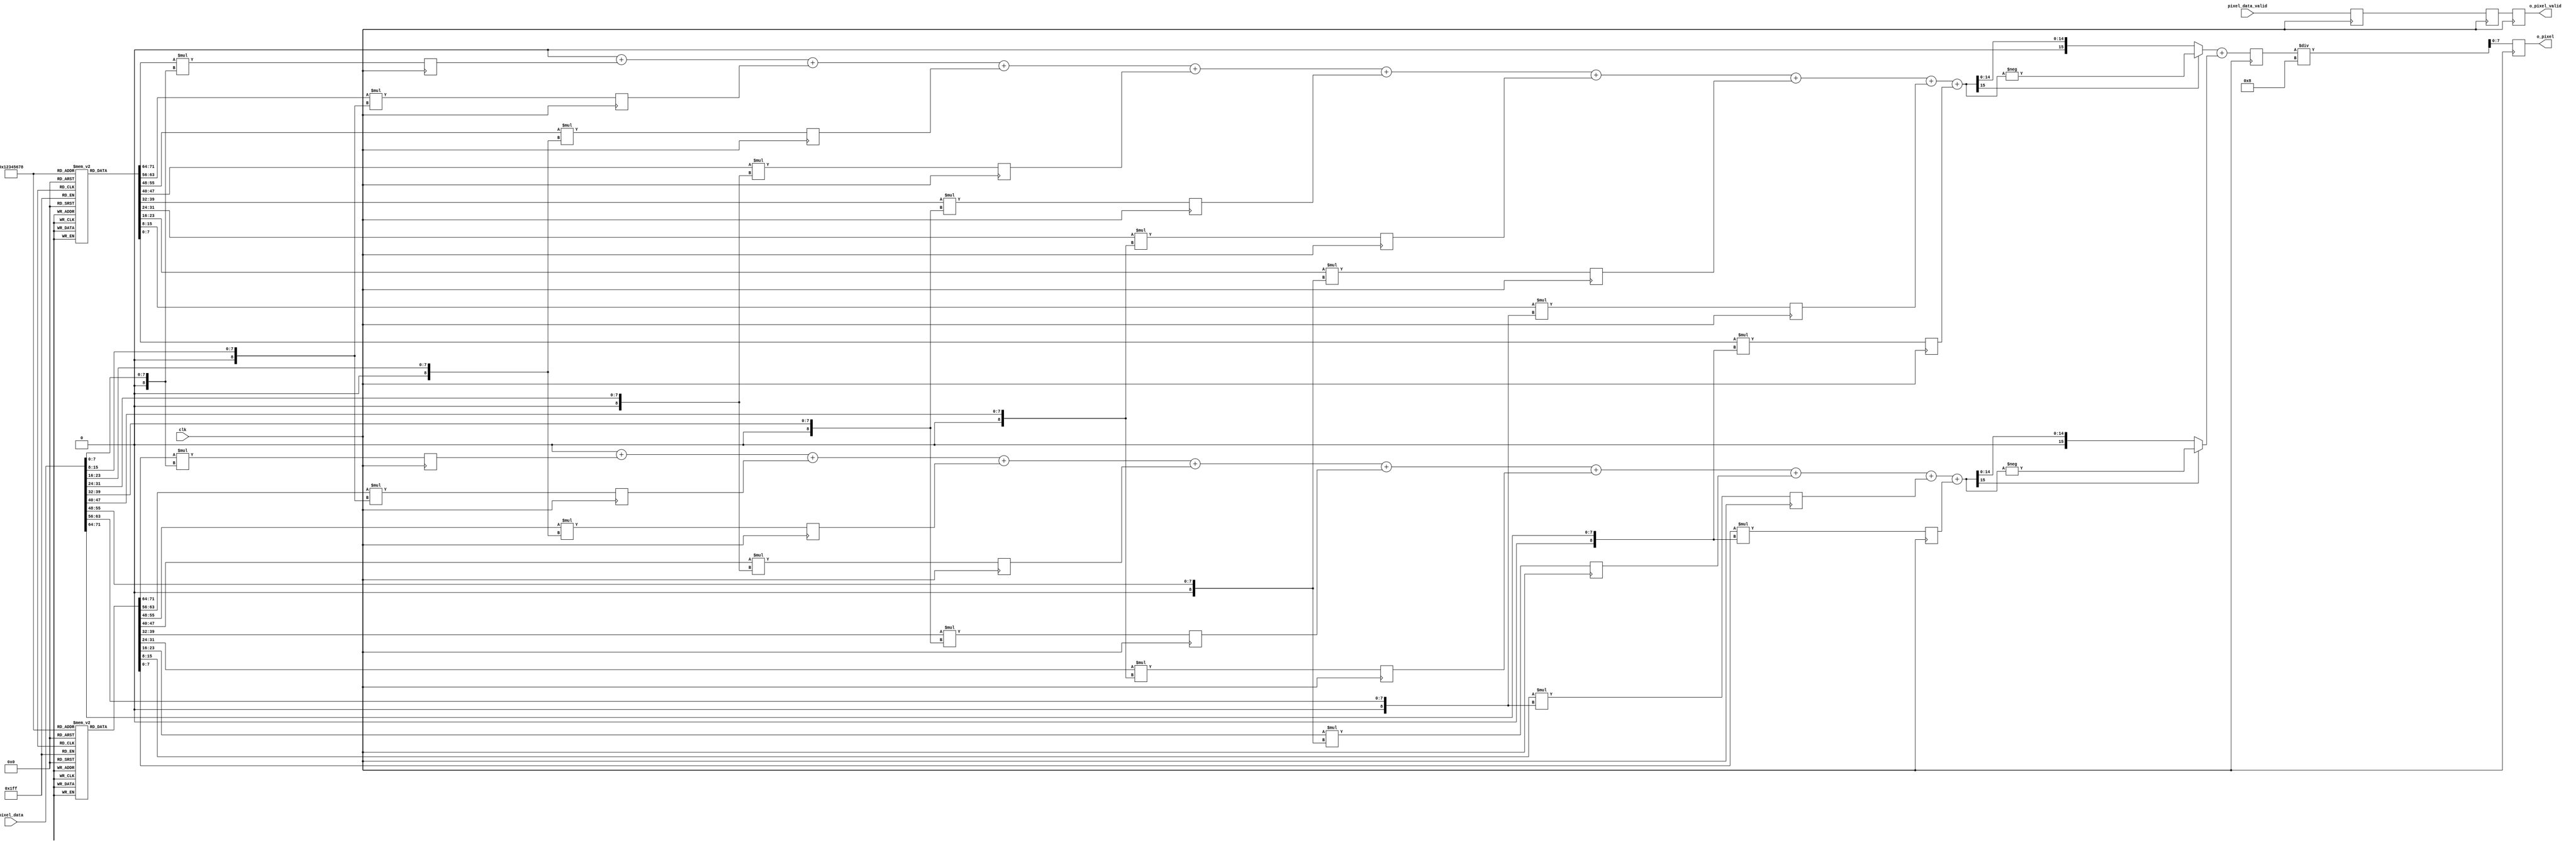
module mac_edge(
    input clk,
    input[71:0] pixel_data,
    input pixel_data_valid,
    output reg [7:0] o_pixel,
    output o_pixel_valid
    );

integer i;    
reg[7:0] kernel_x [8:0];
reg[7:0] kernel_y [8:0];
reg[15:0] mulData_x[8:0];
reg[15:0] mulData_y[8:0];
reg[15:0] sumDataInt_x;
reg[15:0] sumDataInt_y;
reg[15:0] sumData;
reg o_pixel_valid;
reg mulDatavalid;
reg sumDatavalid;

initial
begin
    kernel_x[0] = -1;
    kernel_x[1] = 0;
    kernel_x[2] = 1;
    kernel_x[3] = -2;
    kernel_x[4] = 0;
    kernel_x[5] = 2;
    kernel_x[6] = -1;
    kernel_x[7] = 0;
    kernel_x[8] = 1;
    
    kernel_y[0] = 1;
    kernel_y[1] = 2;
    kernel_y[2] = 1;
    kernel_y[3] = 0;
    kernel_y[4] = 0;
    kernel_y[5] = 0;
    kernel_y[6] = -1;
    kernel_y[7] = -2;
    kernel_y[8] = -1;
    
end

always @ (posedge clk) begin
    for (i=0;i<9;i=i+1)
    begin
        mulData_x[i] = $signed(kernel_x[i])*$signed({1'b0,pixel_data[i*8+:8]});
        mulData_y[i] = $signed(kernel_y[i])*$signed({1'b0,pixel_data[i*8+:8]});
    end
    mulDatavalid <= pixel_data_valid;
end

always @ (*) begin
    sumDataInt_x = 0;
    sumDataInt_y = 0;
    for (i=0;i<9;i=i+1)
    begin
        sumDataInt_x = sumDataInt_x + mulData_x[i];
        sumDataInt_y = sumDataInt_y + mulData_y[i];
    end
    if (sumDataInt_x[15] == 1)
        sumDataInt_x = -sumDataInt_x;
    if (sumDataInt_y[15] == 1)
        sumDataInt_y = -sumDataInt_y;    
end

always @ (posedge clk) begin
    sumData <= sumDataInt_x + sumDataInt_y;
    sumDatavalid <= mulDatavalid;
end

always @ (posedge clk) begin
    o_pixel <= sumData/8;
    o_pixel_valid <= sumDatavalid;
end

endmodule